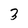
Character: 3